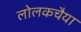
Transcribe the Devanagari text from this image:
लोलकचैया